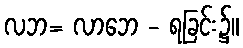
လဘ= လာဘေ - ရခြင်း၌။